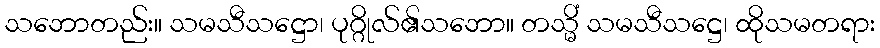
သဘောတည်း။ သမသီသဋ္ဌော၊ ပုဂ္ဂိုလ်၏သဘော။ တသ္မိံ သမသီသဋ္ဌေ၊ ထိုသမတရား